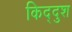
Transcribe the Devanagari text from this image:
किद्दुश